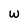
Character: W